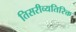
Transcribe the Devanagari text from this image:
तिसरीव्यतिरिक्त